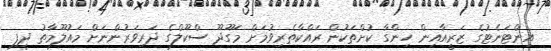
އިންޓަނެޓުގެ ޒަރީއާއިން ހިންގާ ކުށްތަކުން ރައްކާތެރިވުމަށް މަގޫދޫ ސްކޫލްގެ ދަރިވަރުންނަށް މައުލޫމާތު ދީފި